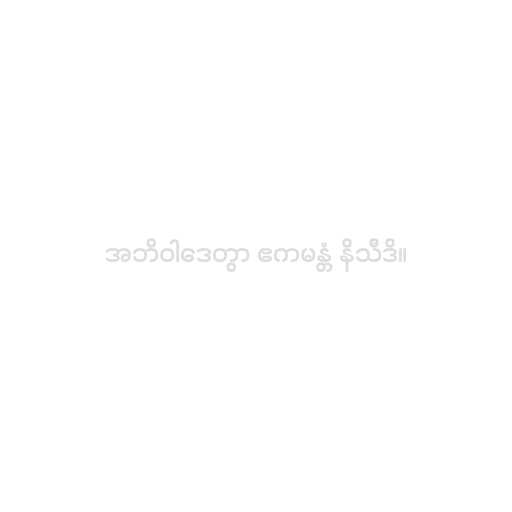
အဘိဝါဒေတွာ ဧကမန္တံ နိသီဒိ။